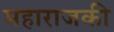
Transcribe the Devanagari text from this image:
महाराजकी